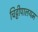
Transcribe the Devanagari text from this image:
चिट्टीपालयम